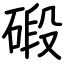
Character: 碫